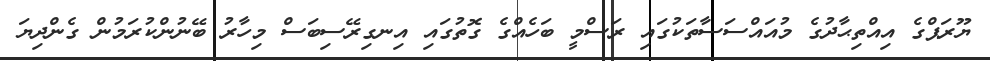
ޔޫރަޕްގެ އިއްތިޙާދުގެ މުއައްސަސާތަކުގައި ރަސްމީ ބަހެއްގެ ގޮތުގައި އިނގިރޭސިބަސް މިހާރު ބޭނުންކުރަމުން ގެންދިޔަ